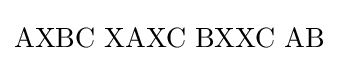
\mathrm {AXBC\,\,XAXC\,\,BXXC\,\,AB}